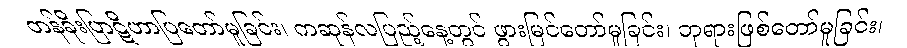
တန်ခိုးပြာဋိဟာပြတော်မူခြင်း၊ ကဆုန်လပြည့်နေ့တွင် ဖွားမြင်တော်မူခြင်း၊ ဘုရားဖြစ်တော်မူခြင်း၊